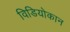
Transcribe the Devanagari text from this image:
विडियोकान